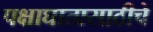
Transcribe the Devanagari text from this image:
पक्षाघातासाठीचे